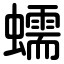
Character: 蠕